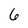
Character: 6